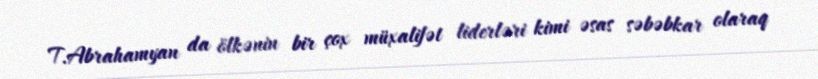
T.Abrahamyan da ölkənin bir çox müxalifət liderləri kimi əsas səbəbkar olaraq